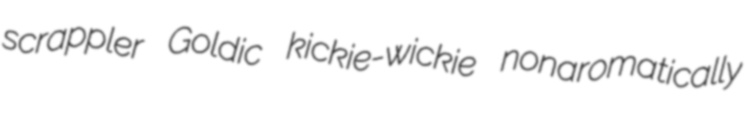
scrappler Goldic kickie-wickie nonaromatically